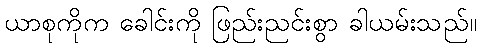
ယာစုကိုက ခေါင်းကို ဖြည်းညင်းစွာ ခါယမ်းသည်။